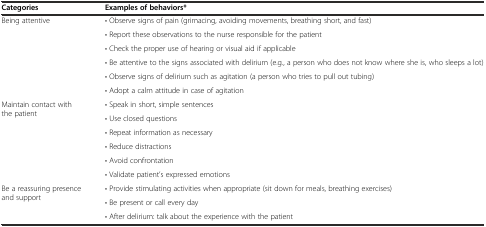
<table><thead><tr><td><b>Categories</b></td><td><b>Examples of behaviors*</b></td></tr></thead><tbody><tr><td rowspan="6">Being attentive</td><td>• Observe signs of pain (grimacing, avoiding movements, breathing short, and fast)</td></tr><tr><td>• Report these observations to the nurse responsible for the patient</td></tr><tr><td>• Check the proper use of hearing or visual aid if applicable</td></tr><tr><td>• Be attentive to the signs associated with delirium (e.g., a person who does not know where she is, who sleeps a lot)</td></tr><tr><td>• Observe signs of delirium such as agitation (a person who tries to pull out tubing)</td></tr><tr><td>• Adopt a calm attitude in case of agitation</td></tr><tr><td rowspan="6">Maintain contact with the patient</td><td>• Speak in short, simple sentences</td></tr><tr><td>• Use closed questions</td></tr><tr><td>• Repeat information as necessary</td></tr><tr><td>• Reduce distractions</td></tr><tr><td>• Avoid confrontation</td></tr><tr><td>• Validate patient’s expressed emotions</td></tr><tr><td rowspan="3">Be a reassuring presence and support</td><td>• Provide stimulating activities when appropriate (sit down for meals, breathing exercises)</td></tr><tr><td>• Be present or call every day</td></tr><tr><td>• After delirium: talk about the experience with the patient</td></tr></tbody></table>